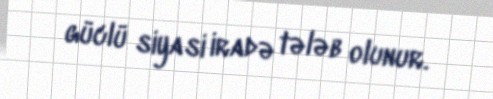
güclü siyasi iradə tələb olunur.